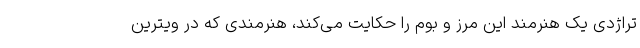
تراژدی یک هنرمند این مرز و بوم را حکایت می‌کند، هنرمندی که در ویترین